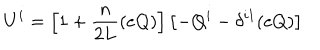
U ^ { i } = \left[ 1 + \frac { n } { 2 L } ( e Q ) \right] \left[ - Q ^ { i } - \delta ^ { i 1 } ( e Q ) \right]